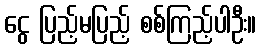
ငွေ ပြည့်မပြည့် စစ်ကြည့်ပါဦး။